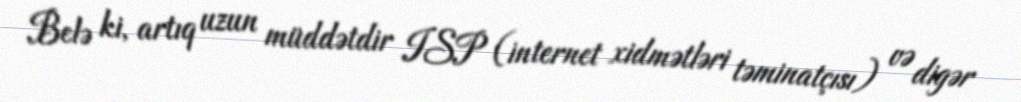
Belə ki, artıq uzun müddətdir ISP (internet xidmətləri təminatçısı) və digər